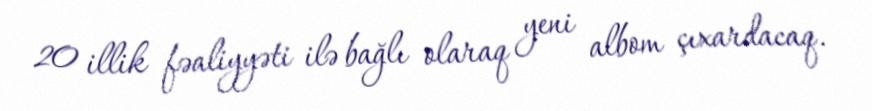
20 illik fəaliyyəti ilə bağlı olaraq yeni albom çıxardacaq.